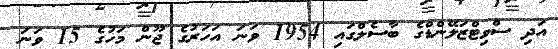
އަދި ސްވިޓްޒަލޭންޑްގެ ބާސެލްގައި 1954 ވަނަ އަހަރުގެ ޖޫން މަހުގެ 15 ވަނަ